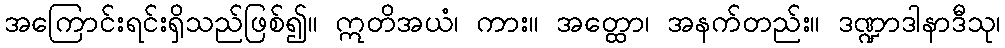
အကြောင်းရင်းရှိသည်ဖြစ်၍။ ဣတိအယံ၊ ကား။ အတ္ထော၊ အနက်တည်း။ ဒဏ္ဍာဒါနာဒီသု၊